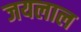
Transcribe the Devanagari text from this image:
जयलाल